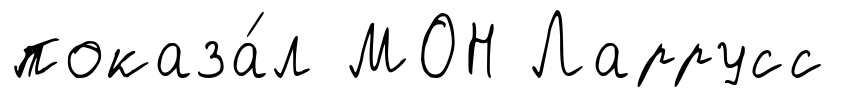
показа́л МОН Ларрусс